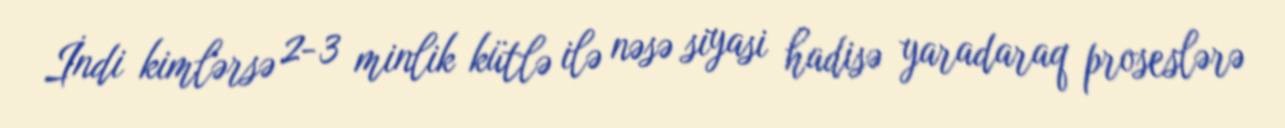
İndi kimlərsə 2-3 minlik kütlə ilə nəsə siyasi hadisə yaradaraq proseslərə